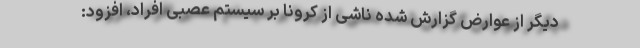
دیگر از عوارض گزارش شده ناشی از کرونا بر سیستم عصبی افراد، افزود: